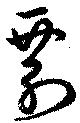
剽